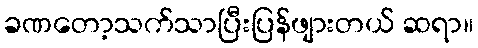
ခဏတော့သက်သာပြီးပြန်ဖျားတယ် ဆရာ။